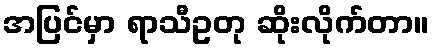
အပြင်မှာ ရာသီဥတု ဆိုးလိုက်တာ။